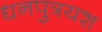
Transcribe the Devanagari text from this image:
धनपुत्रयश